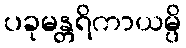
ပခုမန္တရိကာယမ္ပိ